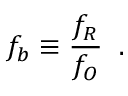
\ensuremath { f _ { b } } \equiv \frac { f _ { R } } { f _ { O } } \; \; .